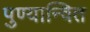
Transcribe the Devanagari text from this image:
पुण्यान्वित